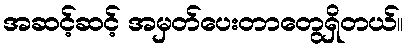
အဆင့်ဆင့် အမှတ်ပေးတာတွေရှိတယ်။